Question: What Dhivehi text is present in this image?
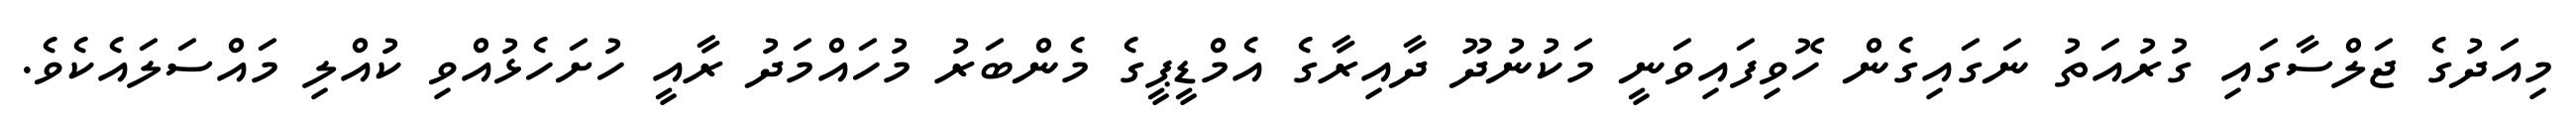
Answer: މިއަދުގެ ޖަލްސާގައި ގުރުއަތު ނަގައިގެން ހޮވިފައިވަނީ މަކުނުދޫ ދާއިރާގެ އެމްޑީޕީގެ މެންބަރު މުހައްމަދު ރާއީ ހުށަހެޅުއްވި ކުއްލި މައްސަލައެކެވެ.